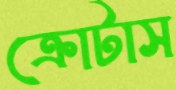
ক্রোটাস